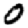
Digit: 0